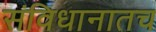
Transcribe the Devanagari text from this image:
संविधानातच